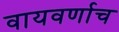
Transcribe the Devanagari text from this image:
वायवर्णाच